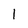
Character: l